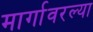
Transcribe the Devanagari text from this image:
मार्गावरल्या